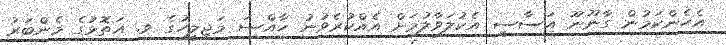
އެހެންކަމުން ގާނޫނޫ އަސާސީ އެކުލަވާލުމަށް އެއްކުރެވުނު ހާއްސަ މަޖިލީހުގެ ވ. އަތޮޅުގެ މެންބަރު